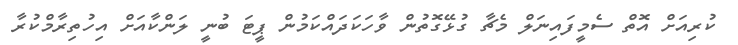
ކުރިއަށް އޮތް ސެމީފައިނަލް މެޗާ ގުޅޭގޮތުން ވާހަކަދައްކަމުން ޕީޓަ ބުނީ ލަންކާއަށް އިހުތިރާމްކުރާ